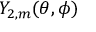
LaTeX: Y _ { 2 , m } ( \theta , \phi )